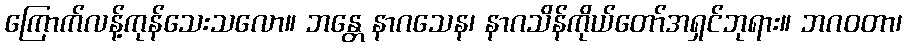
ကြောက်လန့်ကုန်သေးသလော။ ဘန္တေ နာဂသေန၊ နာဂသိန်ကိုယ်တော်အရှင်ဘုရား။ ဘဂဝတာ၊